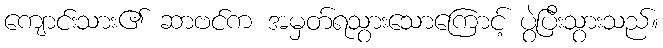
ကျောင်းသား၏ ဆာဗင်က အမှတ်ရသွားသောကြောင့် ပွဲပြီးသွားသည်။